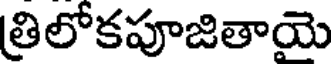
త్రిలోకపూజితాయె